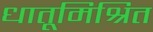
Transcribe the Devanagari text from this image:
धातूमिश्रित